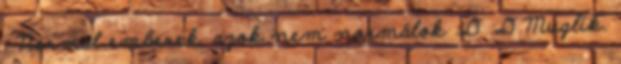
: Normál emberek. azok nem normálok :D :D Muglik.